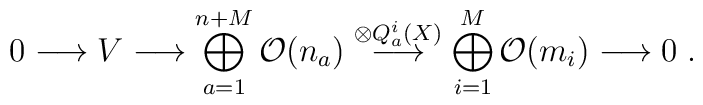
0\longrightarrow V\longrightarrow \bigoplus_{a=1}^{n+M}{\cal O}(n_a) \stackrel{\otimes Q_a^i(X)}{\longrightarrow}\bigoplus_{i=1}^M{\cal O}(m_i) \longrightarrow 0\; .